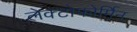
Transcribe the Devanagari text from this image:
लेक्टोफोर्मिन